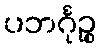
ပဘင်္ဂုဉ္စ